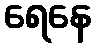
ရေနေ